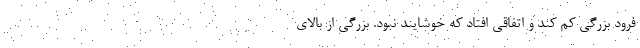
فرود بزرگی کم کند و اتفاقی افتاد که خوشایند نبود. بزرگی از بالای